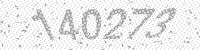
Solution: 140273